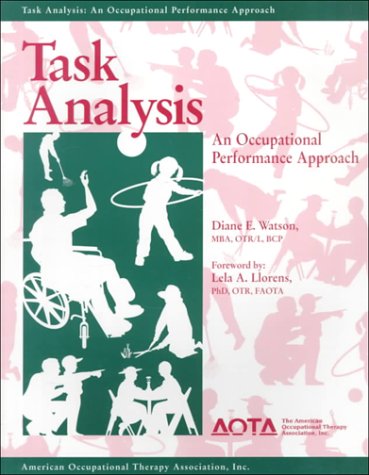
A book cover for Task Analysis: An Occupational Performance Approach; Diane E. Watson; Medical Books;